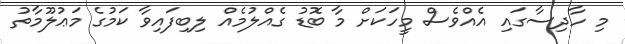
މި ހާދިސާގައި އެއްވެސް މީހަކަށް މާ ބޮޑު ގެއްލުމެއް ލިބިފައިވާ ކަމުގެ މަޢުލޫމާތު